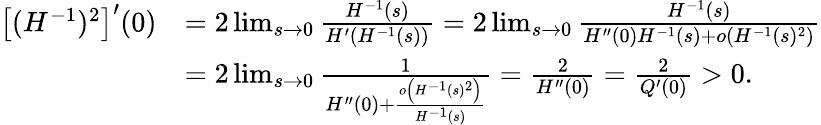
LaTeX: \begin{array}{rl}{\left[(H^{-1})^{2}\right]^{\prime}(0)}&{=2\operatorname*{lim}_{s\to 0}\frac{H^{-1}(s)}{H^{\prime}\left(H^{-1}(s)\right)}=2\operatorname*{lim}_{s\to 0}\frac{H^{-1}(s)}{H^{\prime\prime}(0)H^{-1}(s)+o\left(H^{-1}(s)^{2}\right)}}\\ &{=2\operatorname*{lim}_{s\to 0}\frac{1}{H^{\prime\prime}(0)+\frac{o\left(H^{-1}(s)^{2}\right)}{H^{-1}(s)}}=\frac{2}{H^{\prime\prime}(0)}=\frac{2}{Q^{\prime}(0)}>0.}\end{array}